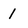
Character: 1